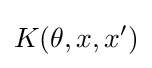
K(\theta ,x,x')